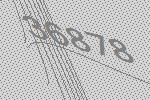
36878